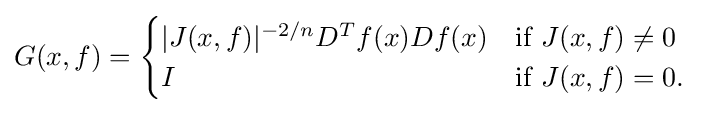
G(x,f)={\begin{cases}|J(x,f)|^{-2/n}D^{T}f(x)Df(x)&{\text{if }}J(x,f)\not =0\\I&{\text{if }}J(x,f)=0.\end{cases}}